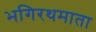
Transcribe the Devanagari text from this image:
भगिरथमाता